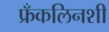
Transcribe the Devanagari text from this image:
फ्रँकलिनशी